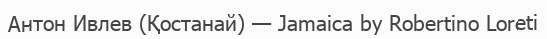
Антон Ивлев (Қостанай) — Jamaica by Robertino Loreti